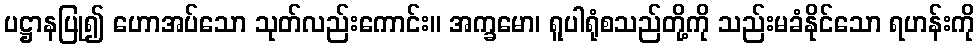
ပဋ္ဌာနပြု၍ ဟောအပ်သော သုတ်လည်းကောင်း။ အက္ခမော၊ ရူပါရုံစသည်တို့ကို သည်းမခံနိုင်သော ရဟန်းကို